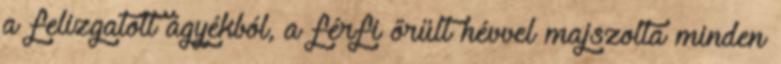
a felizgatott ágyékból, a férfi őrült hévvel majszolta minden